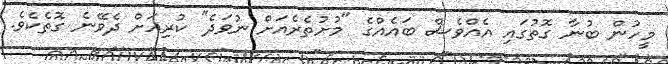
މީހުން ބުނާ ގޮތުގައި އެއްވެސް ބައެއްގެ "މުށުތެރެއަށް ނުވަދެ" ކުރިއަށް ދެވޭނެ ގޮތެކެވެ.